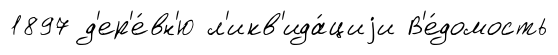
1897 д'ер'е́вн'ю л'икв'ида́циjи В'е́домость